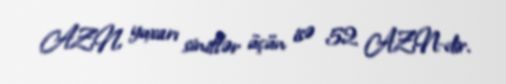
AZN, yuxarı siniflər üçün isə 52 AZN-dir.